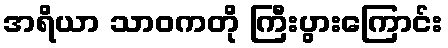
အရိယာ သာဝကတို ကြီးပွားကြောင်း